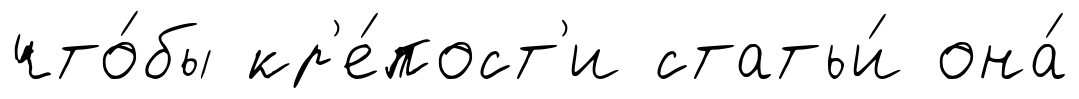
что́бы кр'е́пост'и статьи́ она́